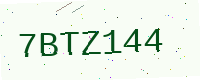
Text: 7BTZ144